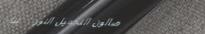
صالون التجميل النور   عنا